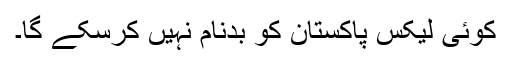
کوئی لیکس پاکستان کو بدنام نہیں کرسکے گا۔